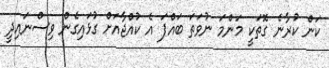
ކަން ކުރާނެ ގޮތަކީ މަންމަ ނުވަތަ ބައްޕަ އެ ކުއްޖާއަށް ގުޅައިގެން ވިސްނައިދީ